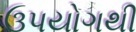
ઉપયોગથી